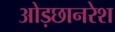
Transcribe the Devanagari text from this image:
ओड़छानरेश